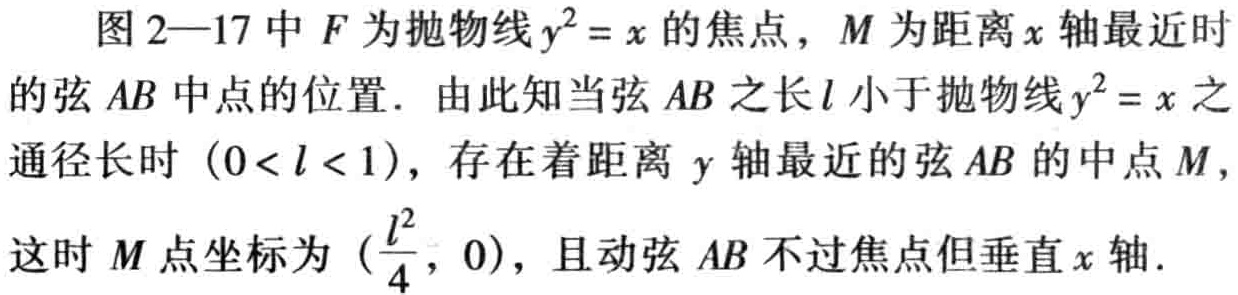
图 2—17 中 \(F\) 为抛物线 \(y^{2}=x\) 的焦点，\(M\) 为距离 \(x\) 轴最近时的弦 \(AB\) 中点的位置．由此知当弦 \(AB\) 之长 \(l\) 小于抛物线 \(y^{2}=x\) 之通径长时 \((0<l<1)\)，存在着距离 \(y\) 轴最近的弦 \(AB\) 的中点 \(M\)，这时 \(M\) 点坐标为 \((\frac{l^{2}}{4},0)\)，且动弦 \(AB\) 不过焦点但垂直 \(x\) 轴.